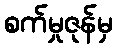
စက်မှုဇုန်မှ